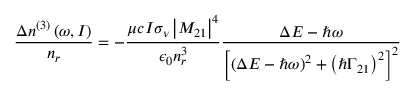
\frac { \Delta n ^ { ( 3 ) } \left( \omega , I \right) } { n _ { r } } = - \frac { \mu c I \sigma _ { \nu } \left\vert M _ { 2 1 } \right\vert ^ { 4 } } { \epsilon _ { 0 } n _ { r } ^ { 3 } } \frac { \Delta E - \hslash \omega } { \left[ \left( \Delta E - \hslash \omega \right) ^ { 2 } + \left( \hslash \Gamma _ { 2 1 } \right) ^ { 2 } \right] ^ { 2 } }